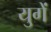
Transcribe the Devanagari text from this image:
युगें